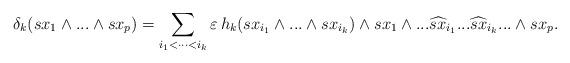
LaTeX: \begin{align*}\delta_k(sx_1\wedge...\wedge sx_p)=\sum_{i_1<\dots<i_k}\varepsilon\, h_k(sx_{i_1}\wedge...\wedge sx_{i_k})\wedge sx_1\wedge...\widehat{ sx}_{i_1}...\widehat{sx}_{i_k}...\wedge sx_p.\end{align*}